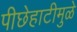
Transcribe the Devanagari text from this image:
पीछेहाटीमुळे